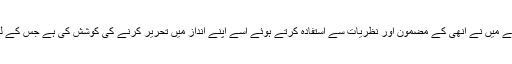
پروفیسر صاحب کی اجازت و تائید سے میں نے انھی کے مضمون اور نظریات سے استفادہ کرتے ہوئے اسے اپنے انداز میں تحریر کرنے کی کوشش کی ہے جس کے لیے میں ان کا بے حد شکر گزار ہوں۔